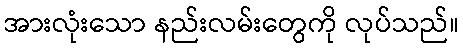
အားလုံးသော နည်းလမ်းတွေကို လုပ်သည်။